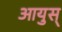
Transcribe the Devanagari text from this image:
आयुस्